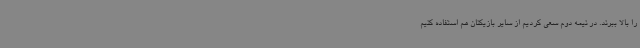
را بالا ببرند. در نیمه دوم سعی کردیم از سایر بازیکنان هم استفاده کنیم